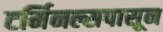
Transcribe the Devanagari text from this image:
टर्मिनल्सपासून